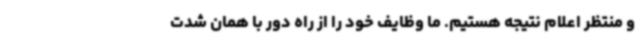
و منتظر اعلام نتیجه هستیم. ما وظایف خود را از راه دور با همان شدت